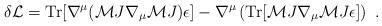
LaTeX: \begin{align*}\delta{\cal L} = {\rm Tr}[\nabla^\mu({\cal M}J\nabla_\mu{\cal M}J)\epsilon] - \nabla^\mu \left({\rm Tr} [ {\cal M}J\nabla_\mu{\cal M}J\epsilon ] \right) \ .\end{align*}